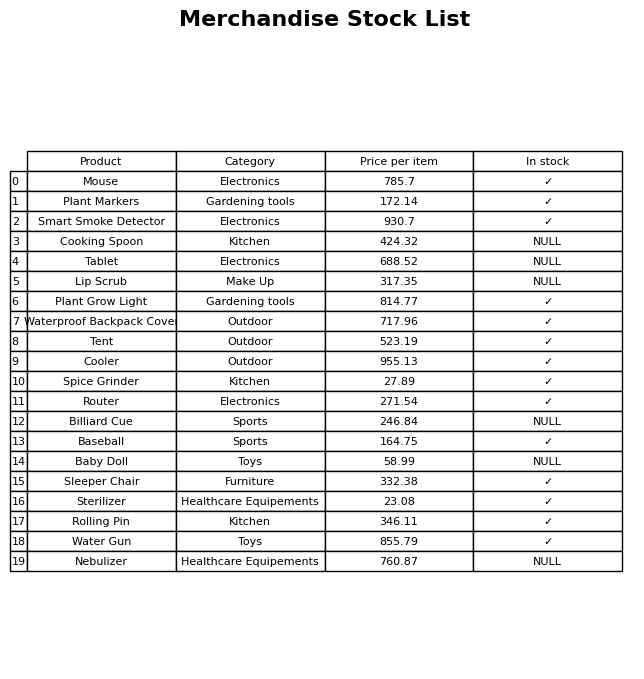
question: What is the price for Spice Grinder?
answer: The price of Spice Grinder is 27.89.